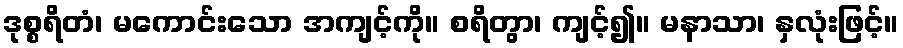
ဒုစ္စရိတံ၊ မကောင်းသော အကျင့်ကို။ စရိတွာ၊ ကျင့်၍။ မနာသာ၊ နှလုံးဖြင့်။